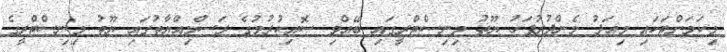
މިކަމަށްޓަކަައި މިއަދު މެންދުރުފަހު ޔޫތު މިނިސްޓްރީގައި ބޭއްވި ސޮއިކުރުމުގެ ރަސްމިއްޔާތުގައި ޔޫތު މިނިސްޓްރީގެ